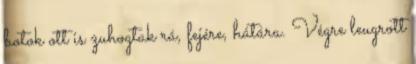
botok ott is zuhogtak rá, fejére, hátára. Végre leugrott